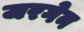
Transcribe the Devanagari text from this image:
जरगेन